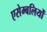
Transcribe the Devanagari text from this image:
एसेम्बलियों